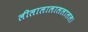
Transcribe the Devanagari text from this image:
लीलालालाललालल।